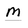
Character: M